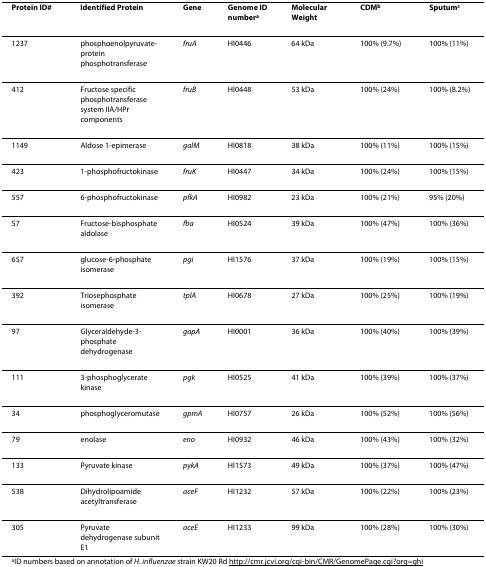
| Protein ID# | Identified Protein | Gene | Genome ID numbera | Molecular Weight | CDMb | Sputumc |
 | --- | --- | --- | --- | --- | --- | --- |
 | 1237 | phosphoenolpyruvate-protein phosphotransferase | fruA | HI0446 | 64 kDa | 100% (9.7%) | 100% (11%) |
 | 412 | Fructose specific phosphotransferase system IIA/HPr components | fruB | HI0448 | 53 kDa | 100% (24%) | 100% (8.2%) |
 | 1149 | Aldose 1-epimerase | galM | HI0818 | 38 kDa | 100% (11%) | 100% (15%) |
 | 423 | 1-phosphofructokinase | fruK | HI0447 | 34 kDa | 100% (24%) | 100% (15%) |
 | 557 | 6-phosphofructokinase | pfkA | HI0982 | 23 kDa | 100% (21%) | 95% (20%) |
 | 57 | Fructose-bisphosphate aldolase | fba | HI0524 | 39 kDa | 100% (47%) | 100% (36%) |
 | 657 | glucose-6-phosphate isomerase | pgi | HI1576 | 37 kDa | 100% (19%) | 100% (15%) |
 | 392 | Triosephosphate isomerase | tplA | HI0678 | 27 kDa | 100% (25%) | 100% (19%) |
 | 97 | Glyceraldehyde-3-phosphate dehydrogenase | gapA | HI0001 | 36 kDa | 100% (40%) | 100% (39%) |
 | 111 | 3-phosphoglycerate kinase | pgk | HI0525 | 41 kDa | 100% (39%) | 100% (37%) |
 | 34 | phosphoglyceromutase | gpmA | HI0757 | 26 kDa | 100% (52%) | 100% (56%) |
 | 79 | enolase | eno | HI0932 | 46 kDa | 100% (43%) | 100% (32%) |
 | 133 | Pyruvate kinase | pykA | HI1573 | 49 kDa | 100% (37%) | 100% (47%) |
 | 538 | Dihydrolipoamide acetyltransferase | aceF | HI1232 | 57 kDa | 100% (22%) | 100% (23%) |
 | 305 | Pyruvate dehydrogenase subunit E1 | aceE | HI1233 | 99 kDa | 100% (28%) | 100% (30%) |